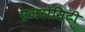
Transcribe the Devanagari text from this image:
एअरोसिटी